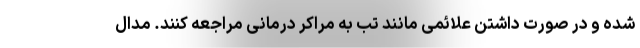
شده و در صورت داشتن علائمی مانند تب به مراکر درمانی مراجعه کنند. مدال